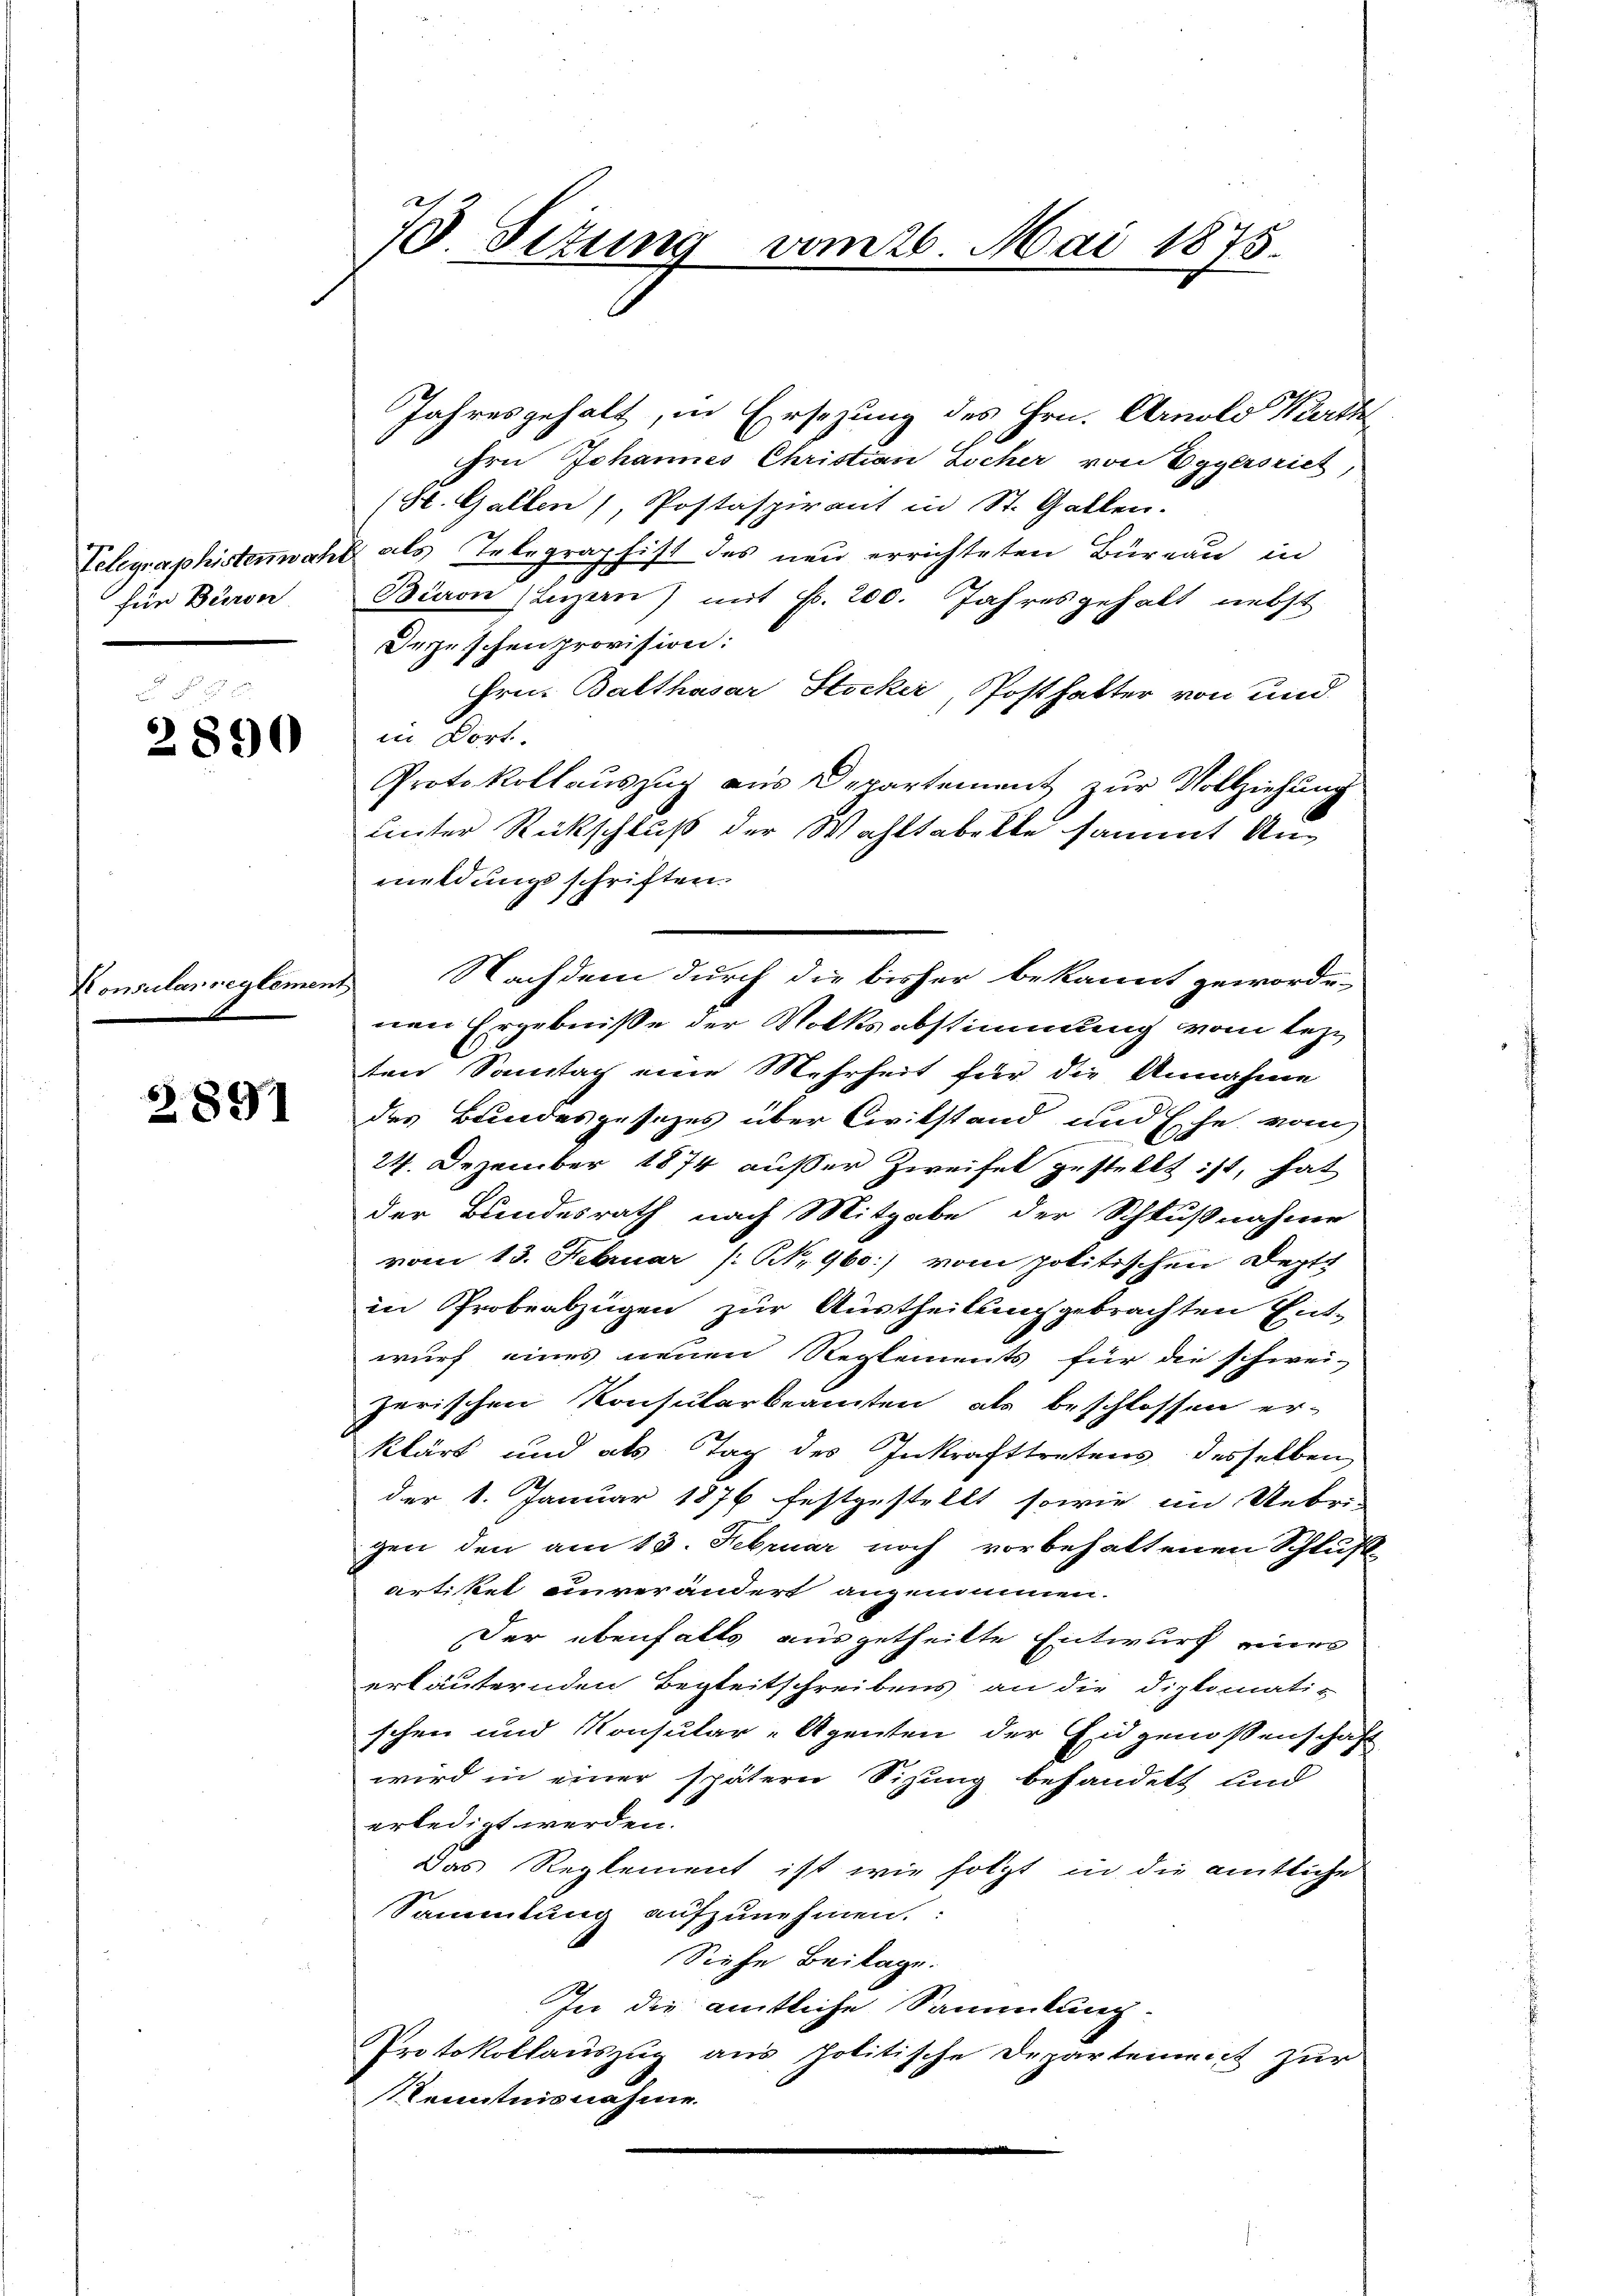
für Baron

2890

Konsularreglement

Z 891

7. Sizung vom 26. Mai 1875.

Jahresgehalt, in Ersezung des Hrn. Arnold Karth
Hrn Johannes Christian Locher von Eggersrich,
(St. Gallen, Postaspirant in St. Gallen.
Telegraphistenwahl als Telegraphist des neu errichteten Büreau in
Bion (Luzern) mit Fr. 200. Jahresgehalt nebst
Depeschen provision:
Hrn. Balthasar Stocker, Posthalter von und
in Dort.
Protokollauszug aus Departement zur Vollziehung
unter Rückschluß der Wahltabelle sammt Anmeldungsschriften.
nen Ergebniße der Volksabstimmung vom lezten Sontag eine Mehrheit für die Annahme
des Bundesgesezes über Civilstand und Ehe vom
24. Dezember 1874 außer Zweifel gestellt ist, hat
der Bundesrath nach Mitgabe der Schlußnahme
vom 13. Februar (N. 960.) vom politischen Deptt
in Probeabzügen zur Austheilung gebrachten Ent-
wurf eines neuen Reglements für die schwei-
zerischen Konsularbeamten als beschlossen er-
klärt und als Tag des Inkrafttretens desselben
der 1. Januar 1876 festgestellt sowie im Uebrigen den am 13. Februar noch vorbehaltenen Schluß
artikel einverändert angenommen.
Der ebenfalls ausgetheilte Entwurf eines
erläuternden Begleitschreibens an die Diplomatis
schen und Konsular-Agenten der Eidgenossenschaft
wird in einer spätern Sizung behandelt und
erledigt werden.
Das Reglement ist wie folgt in die amtliche
Sammlung aufzunehmen.
Siehe Beilage.
In die amtliche Sammlung.
Protokollauszug aus politische Departement zur
Kenntnisnahme.

Nachdem durch die bisher bekannt geworde-